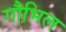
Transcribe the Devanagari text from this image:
गौभिल